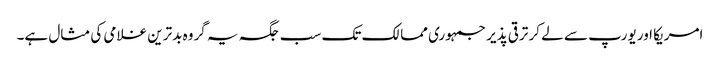
امریکا اور یورپ سے لے کر ترقی پذیر جمہوری ممالک تک سب جگہ یہ گروہ بدترین غلامی کی مثال ہے۔